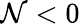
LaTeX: \mathcal{N}<0